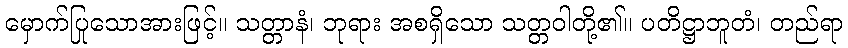
မှောက်ပြုသောအားဖြင့်။ သတ္တာနံ၊ ဘုရား အစရှိသော သတ္တဝါတို့၏။ ပတိဋ္ဌာဘူတံ၊ တည်ရာ